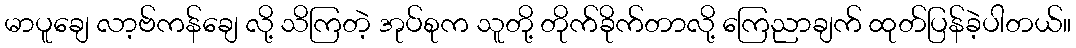
မာပူချေ လာ့ဗ်ကန်ချေ လို့ သိကြတဲ့ အုပ်စုက သူတို့ တိုက်ခိုက်တာလို့ ကြေညာချက် ထုတ်ပြန်ခဲ့ပါတယ်။